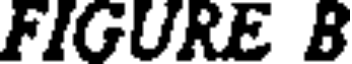
FIGURE B